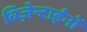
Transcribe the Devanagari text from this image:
बिज़ेन्टाईनों